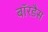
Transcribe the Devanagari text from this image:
बॉरडैस